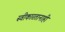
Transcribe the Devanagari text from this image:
स्वीकारतानाही